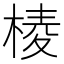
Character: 𣖓